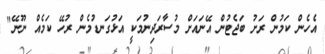
އެހެން ކަމުން ރަށު ބަޖެޓުން އޭނައަށް މުސާރަދިނުމަކީ އަޅުގަނޑުމެން ރުހޭ ކަމެއް ނޫނޭ"